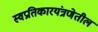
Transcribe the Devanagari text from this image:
स्वप्रतिकारयंत्रणेतील